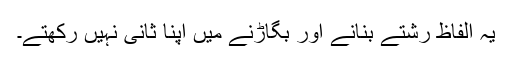
یہ الفاظ رشتے بنانے اور بگاڑنے میں اپنا ثانی نہیں رکھتے۔